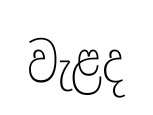
වැළද